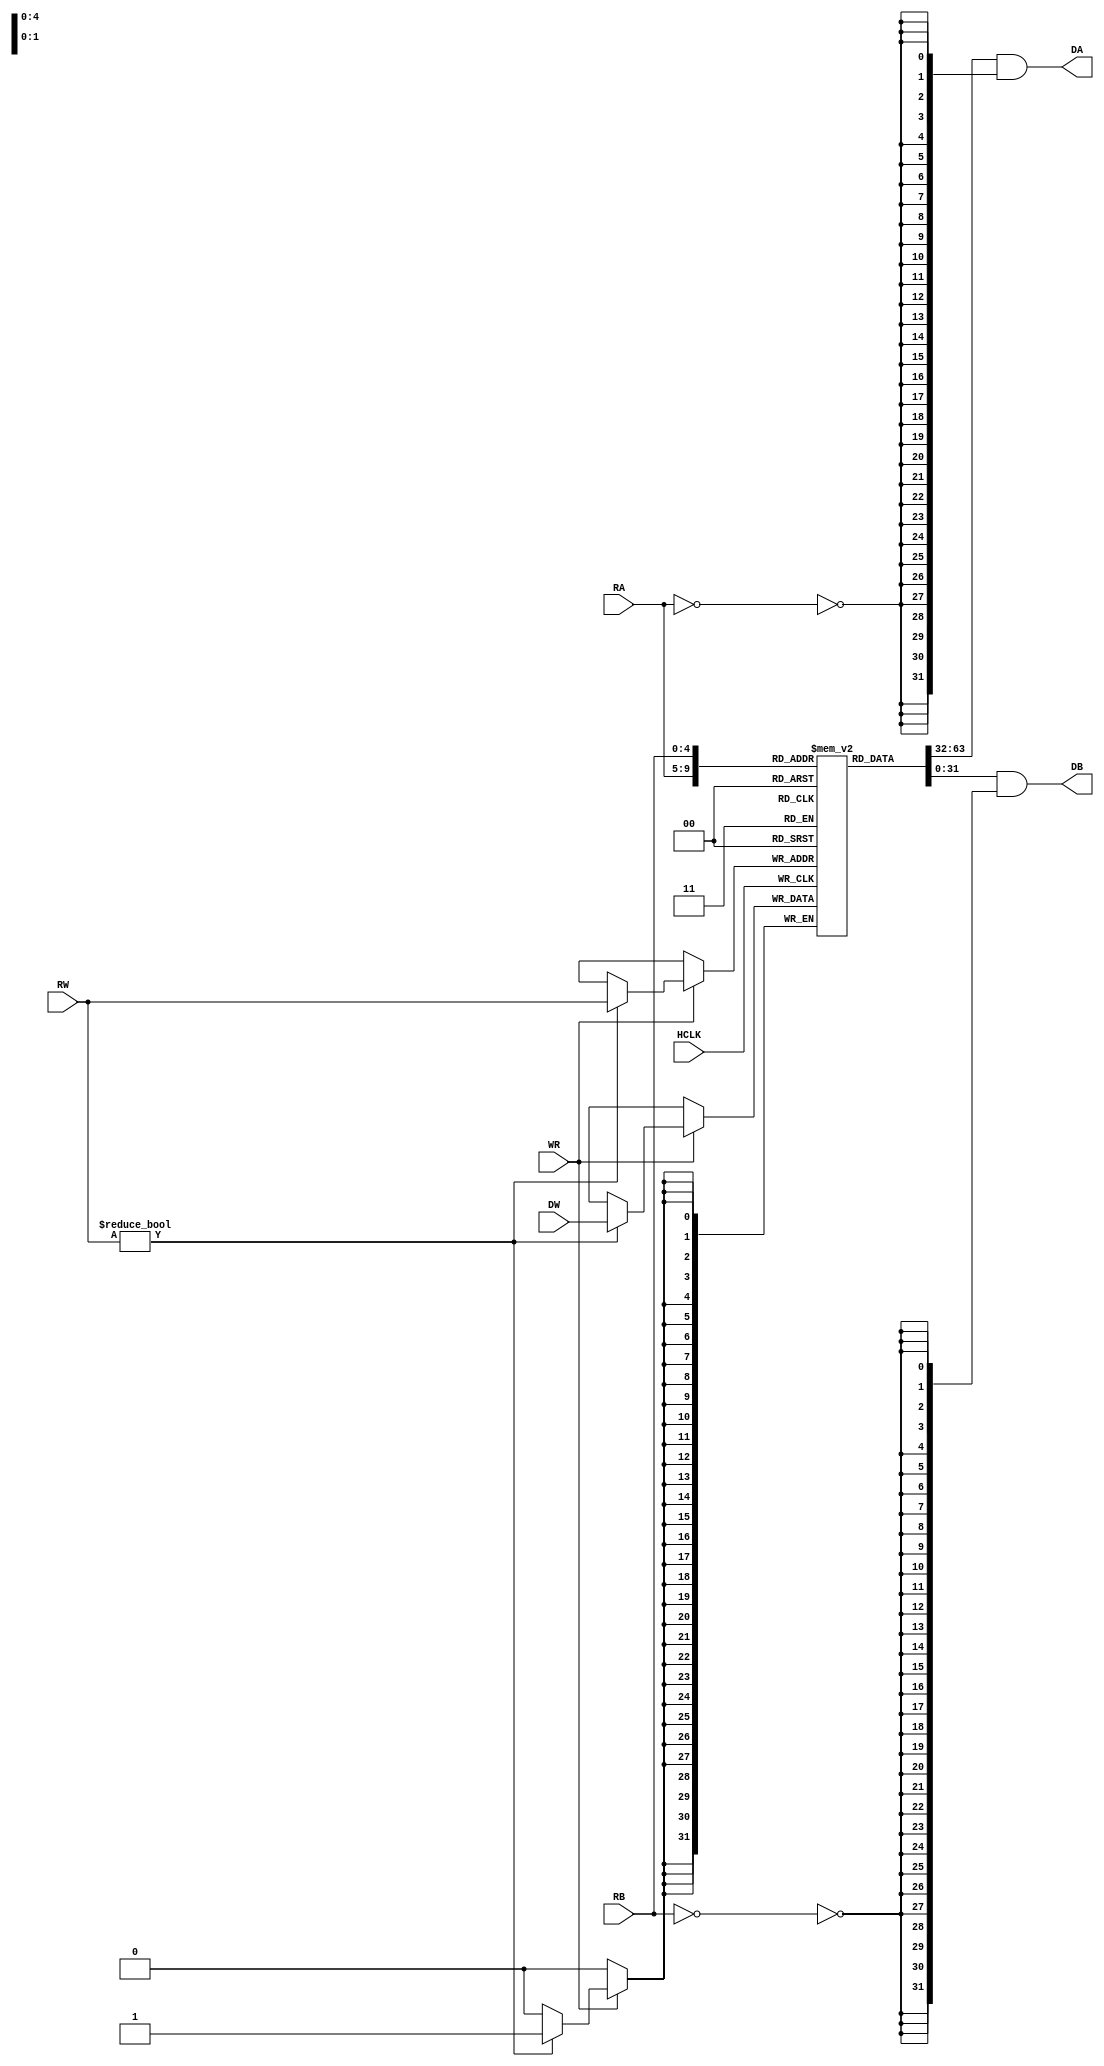

module regfile (
	input			HCLK,							// System clock
	input			WR,
	input [ 4:0]	RA,
	input [ 4:0]	RB,
	input [ 4:0]	RW,
	input [31:0]	DW, 
	output [31:0]	DA, 
	output [31:0]	DB
);
 	reg [31:0] RF [31:0];

	assign DA = RF[RA] & {32{~(RA==5'd0)}};
	assign DB = RF[RB] & {32{~(RB==5'd0)}};
	
	always @ (posedge HCLK) 
		if(WR)
			if(RW!=5'd0) begin 
				RF[RW] <= DW;
				//#1 $display("Write: RF[%d]=0x%X []", RW, RF[RW]);
			end
endmodule